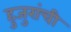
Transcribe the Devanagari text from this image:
हुजुरांची